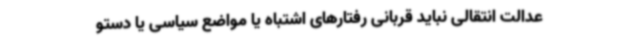
عدالت انتقالی نباید قربانی رفتارهای اشتباه یا مواضع سیاسی یا دستو